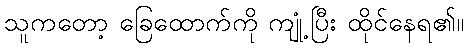
သူကတော့ ခြေထောက်ကို ကျုံ့ပြီး ထိုင်နေရ၏။